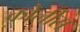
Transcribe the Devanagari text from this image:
कोर्लीस